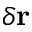
\delta \mathbf { r }